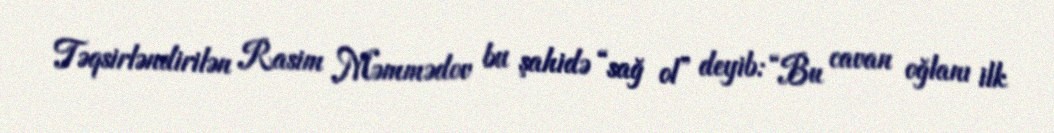
Təqsirləndirilən Rasim Məmmədov bu şahidə “sağ ol” deyib: “Bu cavan oğlanı ilk